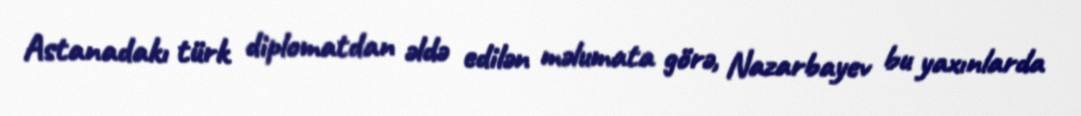
Astanadakı türk diplomatdan əldə edilən məlumata görə, Nazarbayev bu yaxınlarda